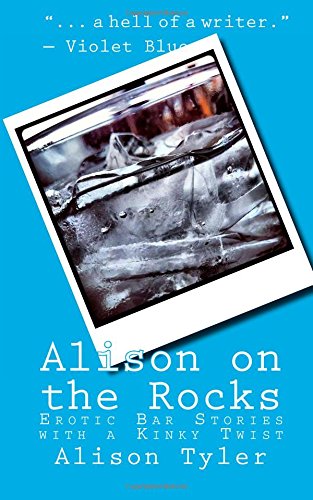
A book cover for Alison on the Rocks: Erotic Bar Stories with a Kinky Twist; Alison Tyler; Romance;